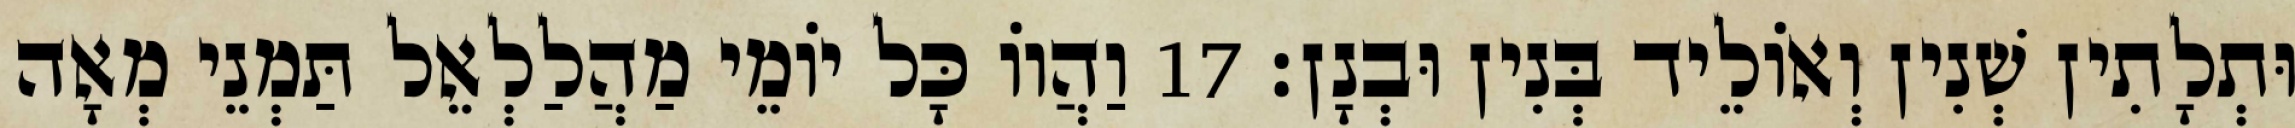
וּתְלָתִין שְׁנִין וְאוֹלֵיד בְּנִין וּבְנָן׃ 17 וַהֲווֹ כָּל יוֹמֵי מַהֲלַלְאֵל תַּמְנֵי מְאָה